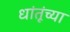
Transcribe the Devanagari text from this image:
धांतूंच्या